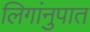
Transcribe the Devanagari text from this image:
लिगांनुपात